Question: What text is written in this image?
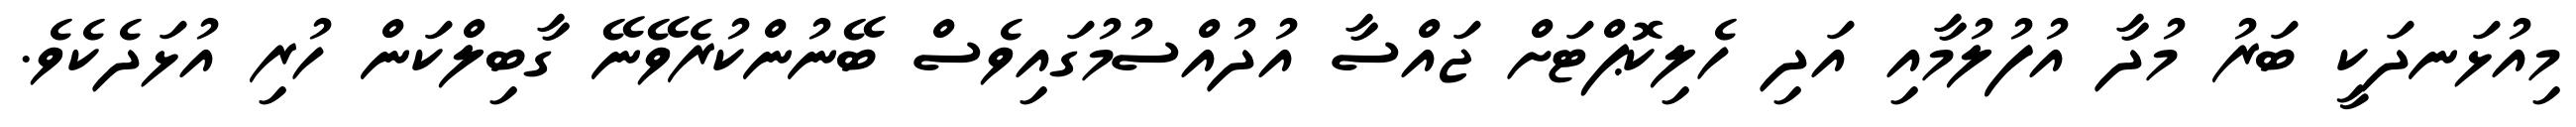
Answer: މިއުޅަނދަކީ ބަރު މުދާ އުފުލުމާއި އަދި ހެލިކޮޕްޓަށް ޖައްސާ އުދުއްސުމުގައިވެސް ބޭނުންކުރެވޭނޭ ގާބިލްކަން ހުރި އުޅަދެކެވެ.